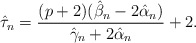
\begin{align*} \hat{\tau}_n=\frac{(p+2)(\hat{\beta}_n - 2\hat{\alpha}_n)}{\hat{\gamma}_n + 2\hat{\alpha}_n} +2.\end{align*}